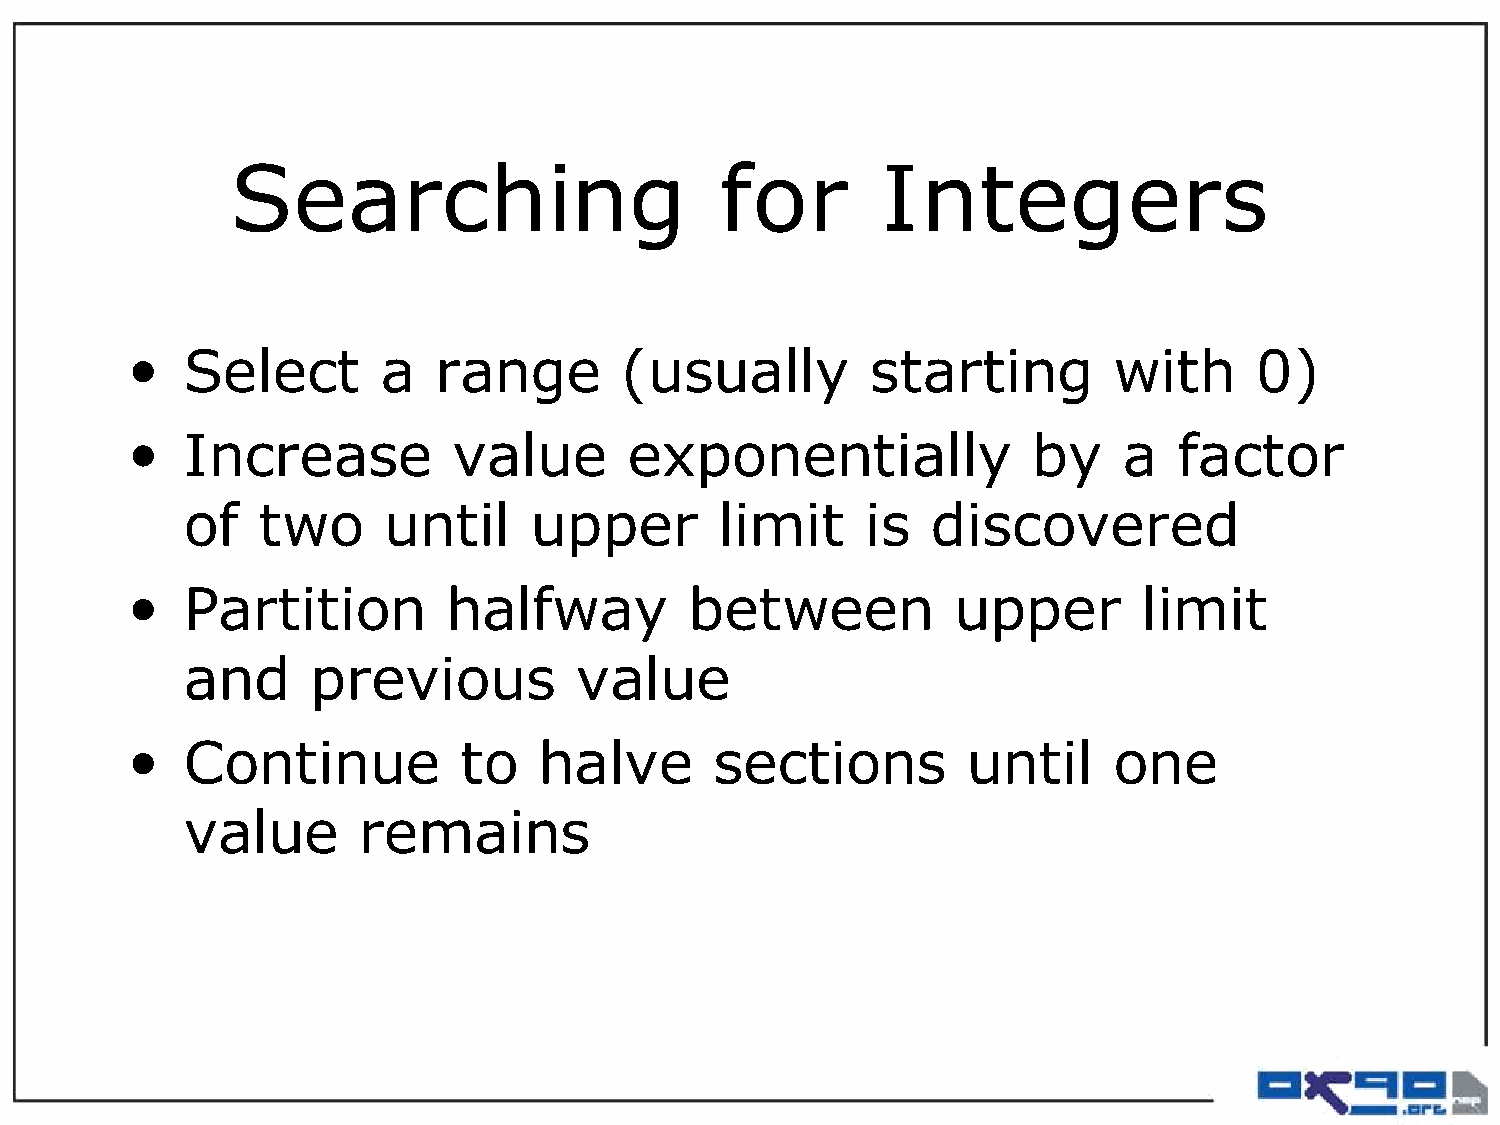
Searching                        for       Integers
 •   Select       a   range       (usually         starting        with     0)
 •   Increase          value       exponentially             by    a   factor
 of   two     until     upper        limit    is   discovered
 •   Partition         halfway         between          upper        limit
 and      previous         value
 •   Continue          to    halve      sections         until     one
 value       remains